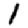
Digit: 1